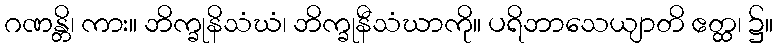
ဂဏန္တိ၊ ကား။ ဘိက္ခုနိသံဃံ၊ ဘိက္ခုနီသံဃာကို။ ပရိဘာသေယျာတိ ဧတ္ထ၊ ၌။